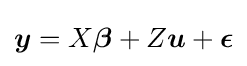
{\boldsymbol {y}}=X{\boldsymbol {\beta }}+Z{\boldsymbol {u}}+{\boldsymbol {\epsilon }}